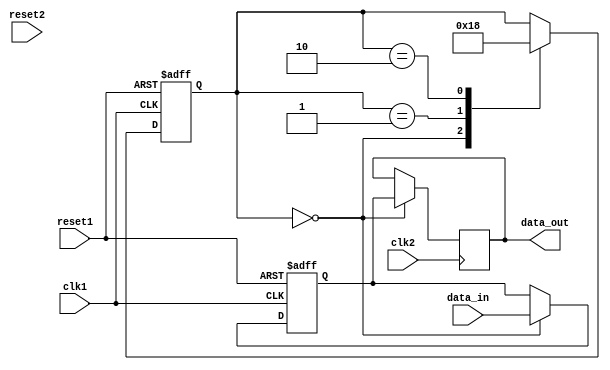
module synchronizer_with_reset (
    input wire clk1, // clock signal from domain 1
    input wire clk2, // clock signal from domain 2
    input wire reset1, // reset signal from domain 1
    input wire reset2, // reset signal from domain 2
    input wire data_in, // input data signal to be synchronized
    output reg data_out // synchronized output data
);

reg synchronized_data;
reg [1:0] sync_state;

always @(posedge clk1 or posedge reset1) begin
    if (reset1) begin
        synchronized_data <= 1'b0;
        sync_state <= 2'b00;
    end else begin
        case (sync_state)
            2'b00: begin
                synchronized_data <= data_in;
                sync_state <= 2'b01;
            end
            2'b01: begin
                synchronized_data <= synchronized_data;
                sync_state <= 2'b10;
            end
            2'b10: begin
                synchronized_data <= synchronized_data;
                sync_state <= 2'b00;
            end
        endcase
    end
end

always @(posedge clk2) begin
    case (sync_state)
        2'b00: begin
            data_out <= synchronized_data;
        end
    endcase
end

endmodule